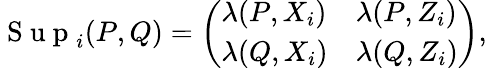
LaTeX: \begin{array}{r}{\mathrm{~S~u~p~}_{i}(P,Q)=\left(\begin{array}{ll}{\lambda(P,X_{i})}&{\lambda(P,Z_{i})}\\ {\lambda(Q,X_{i})}&{\lambda(Q,Z_{i})}\end{array}\right),}\end{array}